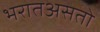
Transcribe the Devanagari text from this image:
भरातअसतो